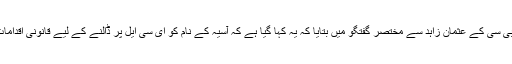
وفاقی وزیر اطلاعات فواد چوہدری نے بی بی سی کے عثمان زاہد سے مختصر گفتگو میں بتایا کہ یہ کہا گیا ہے کہ آسیہ کے نام کو ای سی ایل پر ڈالنے کے لیے قانونی اقدامات لیے جائیں گے یہ تو ایک قانونی حق ہے۔